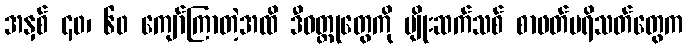
အနှစ် ၄၀၊ ၆၀ ကျော်ကြာတဲ့အထိ ဒီဝတ္ထုတွေကို မျိုးဆက်သစ် စာဖတ်ပရိသတ်တွေက